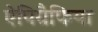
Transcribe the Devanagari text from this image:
ऐपिग्रैफिया